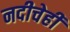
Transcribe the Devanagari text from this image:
नदीचेही